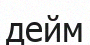
дейм